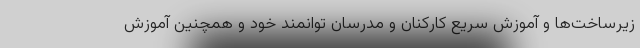
زیرساخت‌ها و آموزش سریع کارکنان و مدرسان توانمند خود و همچنین آموزش